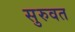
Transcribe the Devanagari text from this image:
सुरुवत